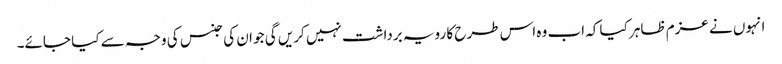
انہوں نے عزم ظاہر کیا کہ اب وہ اس طرح کا رویہ برداشت نہیں کریں گی جو ان کی جنس کی وجہ سے کیا جائے۔